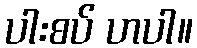
ပါးစပ် ဟပါ။